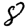
Digit: 8